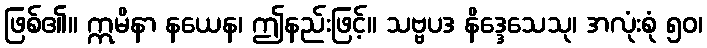
ဖြစ်၏။ ဣမိနာ နယေန၊ ဤနည်းဖြင့်။ သဗ္ဗပဒ နိဒ္ဒေသေသု၊ အလုံးစုံ ၅၀၊